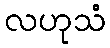
လဟုသံ